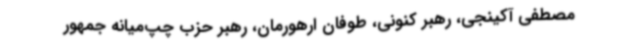
مصطفی آکینجی، رهبر کنونی، طوفان ارهورمان، رهبر حزب چپ‌میانه جمهور